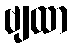
ဗျထာ